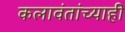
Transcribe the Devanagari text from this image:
कलावंतांच्याही